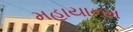
મહાયાનમ